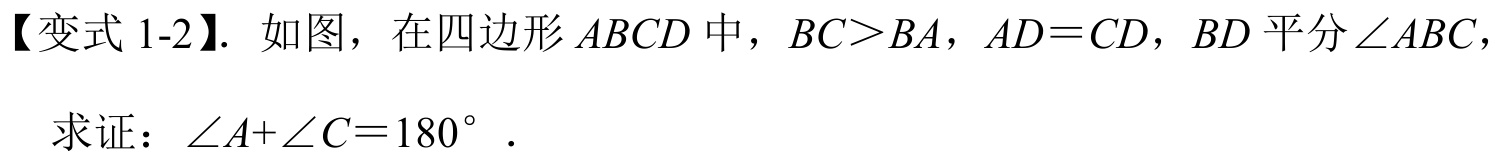
【变式1-2】. 如图，在四边形\(ABCD\)中，\(BC>BA\)，\(AD = CD\)，\(BD\)平分\(\angle ABC\)，
求证：\(\angle A+\angle C = 180^{\circ}\)．